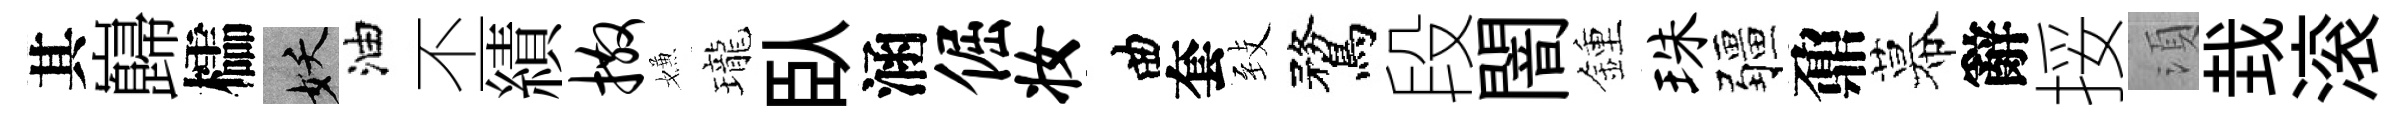
其巋櫺妖油丕績撒嫌瓏臥涵倔妆曲套𦤺鶩段闇鍾珠疆鼐幕辭挼湏㘽滚